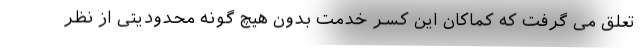
تعلق می گرفت که کماکان این کسر خدمت بدون هیچ گونه محدودیتی از نظر